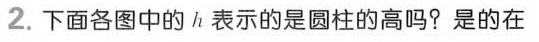
2.下面各图中的h表示的是圆柱的高吗?是的在